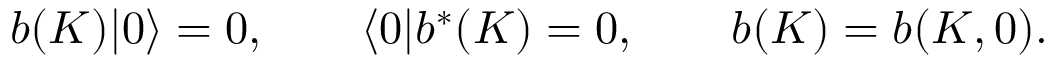
b ( K ) | 0 \rangle = 0 , \qquad \langle 0 | b ^ { \ast } ( K ) = 0 , \qquad b ( K ) = b ( K , 0 ) .